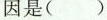
因是( )